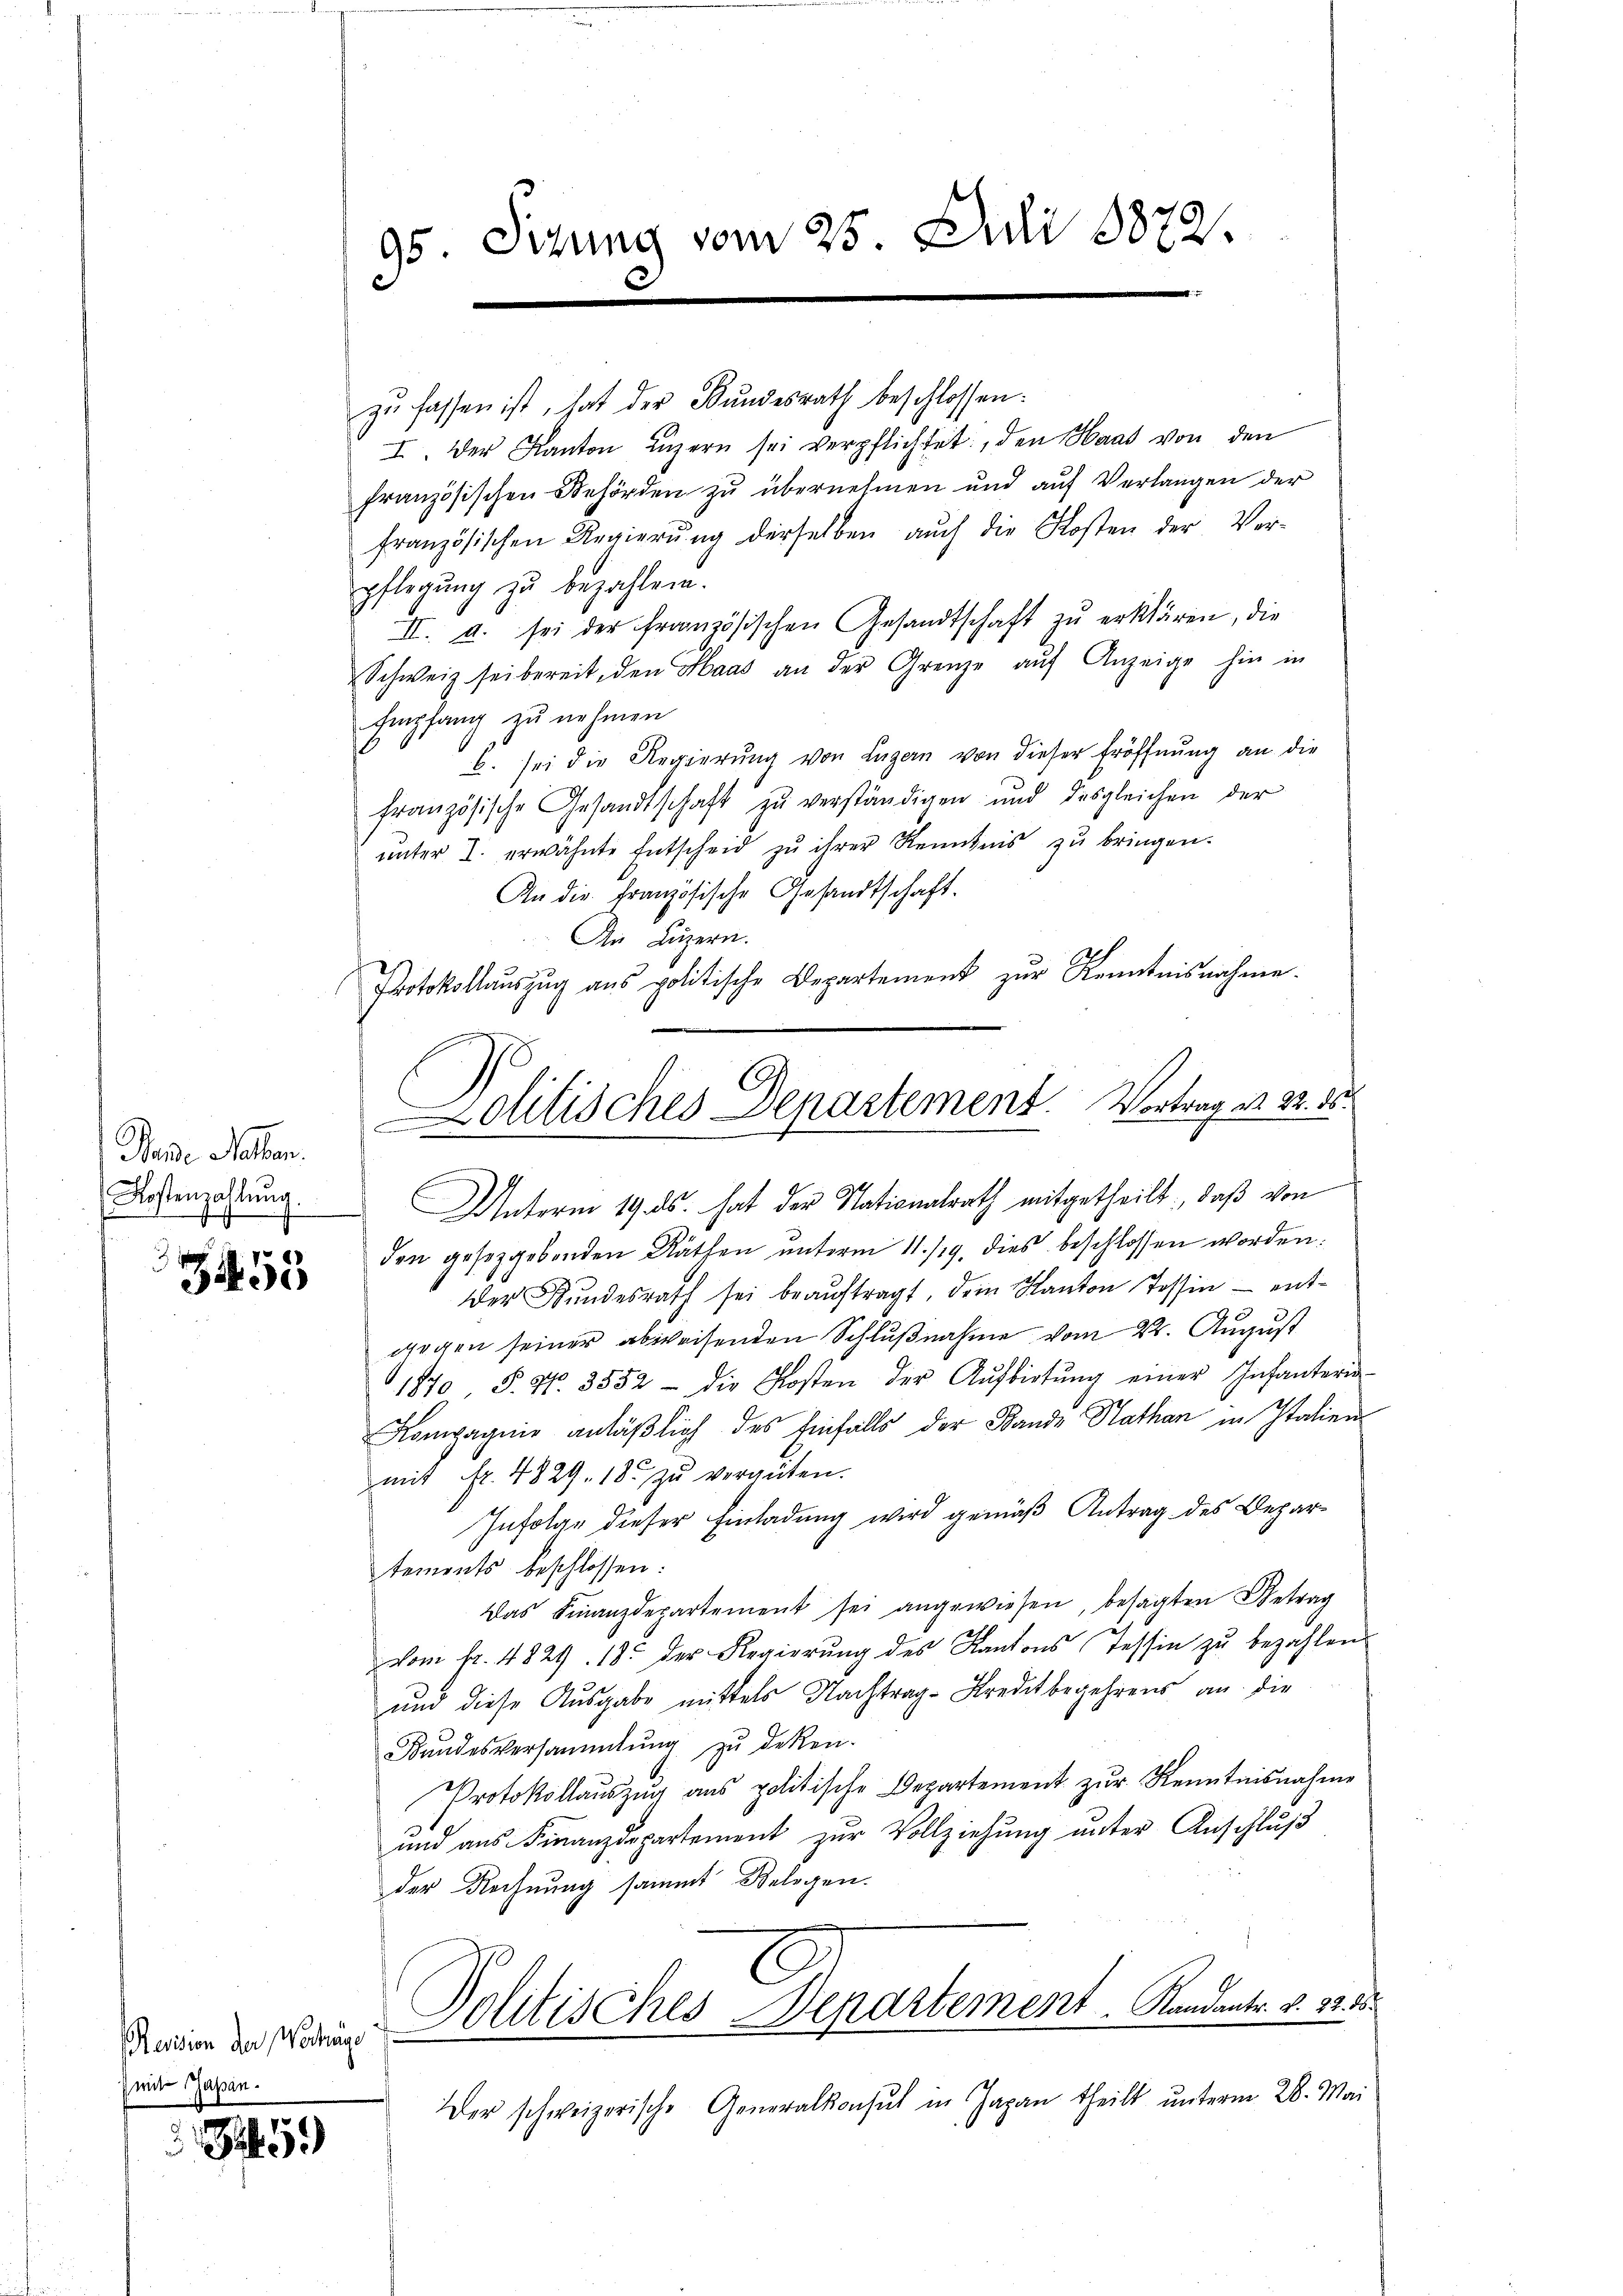
Mande Neben.
Kostenzahlŭng.

453

S)

95 Sizung vom 25. Juli 1872.

zŭ fassen ist, hat der Bŭndesrath beschlossen:
I. Der Kanton Lŭzern sei verpflichtet, den Haas von den
französischen Behörden zu übernehmen und auf Verlangen der
französischen Regierŭng derselben aŭch die Kosten der Ver-
pflegŭng zu bezahlen.
II. u. sei der französischen Gesandtschaft zŭ erklären, die
Schweiz sei bereit, den Haas an der Grenze auf Anzeige hin in
Empfang zu nehmen
b. sei die Regierung von Luzern von dieser Eröffnung an die
französische Gesandtschaft zŭ verständigen und desgleichen der
ŭnter 2. erwähnte Entscheid zu ihrer Kenntnis zu bringen.
An die französische Gesandtschaft.
An Luzern.
Protokollaŭszŭg ans politische Departement zŭr Kenntnisnahme.
Unterm 19. ds. hat der Nationalrath mitgetheilt; daß von
den gesetzgebenden Räthen unterm 11. /19. dies beschlossen worden.
der Kundesrath sei beaŭftragt, dem Kanton Tessin — entgegen seiner abweisenden Schlußnahme vom 22. August
1870, S. Nr. 3552 - die Kosten der Aŭfbietŭng einer Infantern
Kompagnie anläßlich des Einfalls der Bande Kathan in Italienmit Fr. 4829. 18. zŭ vergüten.
Infolge dieser Einladung wird gemäß Antrag des Depar-
tements beschlossen:
Das Finanzdepartement sei angewiesen, besagten Betrag
vom fr. 4824. 13. der Regierŭng des Kantons Tessin zŭ bezahlen
und diese Ausgabe mittels Nachtrag-Kreditbegehrens an die
Kandesversammlung zŭ deken.
Protokollaŭszŭg aŭs politische Departement zŭr Kenntnisnahme
und aus Finanzdepartement zur Vollziehung unter Anschluß
der Rechnung sammt Belegen.
dwin der Waren Politisches Departement. Kandants. v. 12. 15.
Der schweizerische Generalkonsul in Japan theilt ŭnterm 28. Mai

mit Papen.

Politisches Departement. Vortrag er 32. 30.